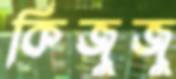
কিজুজু